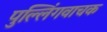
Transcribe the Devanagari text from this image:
पुल्लिंगवाचक